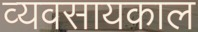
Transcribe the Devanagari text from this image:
व्यवसायकाल